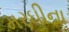
મરઘીના